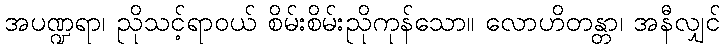
အပဏ္ဍရာ၊ ညိုသင့်ရာဝယ် စိမ်းစိမ်းညိုကုန်သော။ လောဟိတန္တာ၊ အနီလျှင်